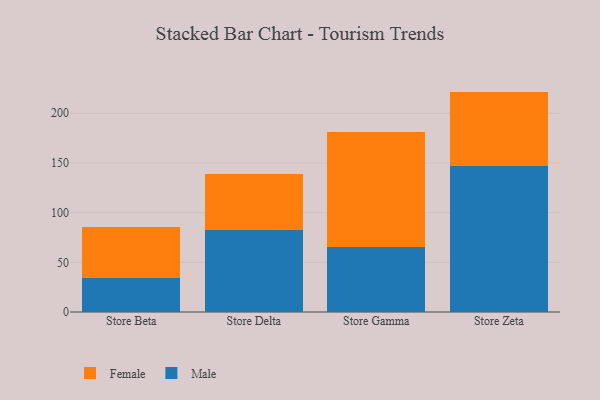
{"axis": {"x": "Store", "y": "Headcount"}, "legend": ["Female", "Male"], "data": [{"x": "Store Beta", "y": 34.0, "type": "Male"}, {"x": "Store Beta", "y": 51.2, "type": "Female"}, {"x": "Store Delta", "y": 82.7, "type": "Male"}, {"x": "Store Delta", "y": 56.2, "type": "Female"}, {"x": "Store Gamma", "y": 65.4, "type": "Male"}, {"x": "Store Gamma", "y": 115.5, "type": "Female"}, {"x": "Store Zeta", "y": 147.0, "type": "Male"}, {"x": "Store Zeta", "y": 74.8, "type": "Female"}]}